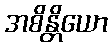
အစိန္တိယော